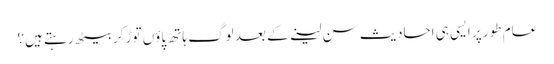
عام طور پر ایسی ہی احادیث سن لینے کے بعد لوگ ہاتھ پاؤں توڑ کر بیٹھ رہتے ہیں؟